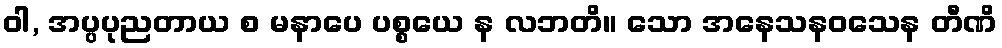
ဝါ, အပ္ပပုညတာယ စ မနာပေ ပစ္စယေ န လဘတိ။ သော အနေသနဝသေန တီဏိ